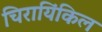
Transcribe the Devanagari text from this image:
चिरायिंकिल